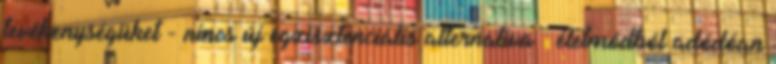
tevékenységüket - nincs új egzisztenciális alternatíva  életmódból adódóan